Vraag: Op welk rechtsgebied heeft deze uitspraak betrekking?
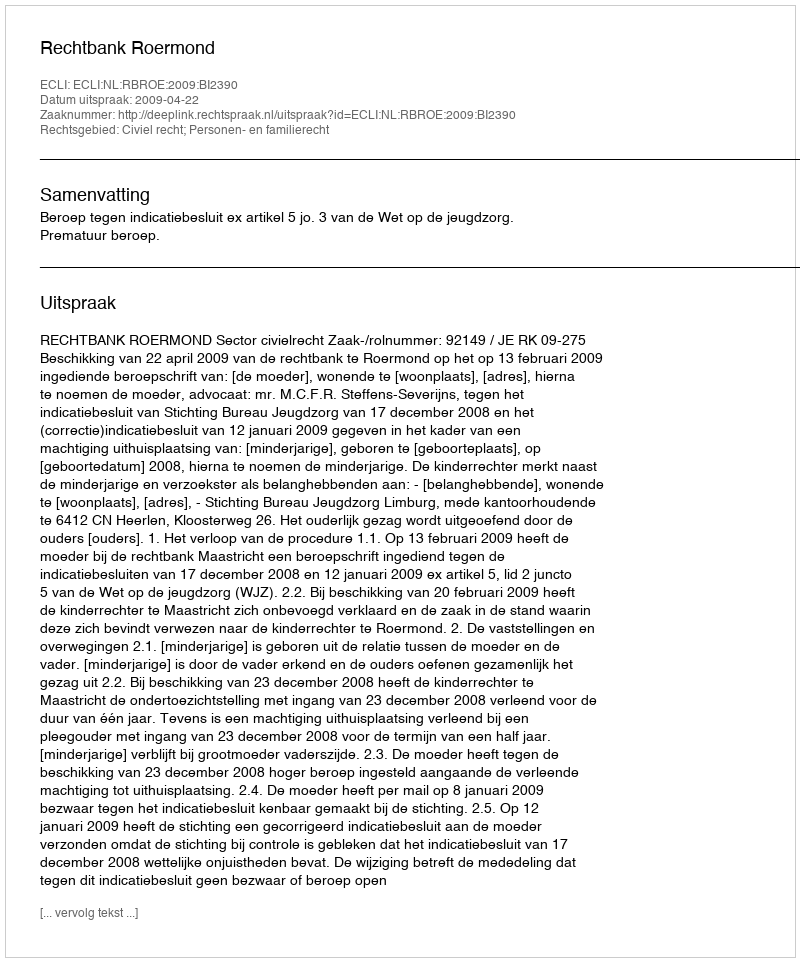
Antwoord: Civiel recht; Personen- en familierecht